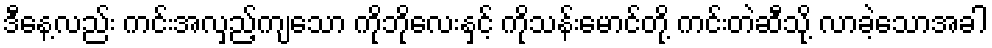
ဒီနေ့လည်း ကင်းအလှည့်ကျသော ကိုဘိုလေးနှင့် ကိုသန်းမောင်တို့ ကင်းတဲဆီသို့ လာခဲ့သောအခါ